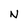
Character: N